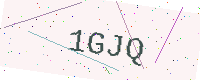
Text: 1GJQ